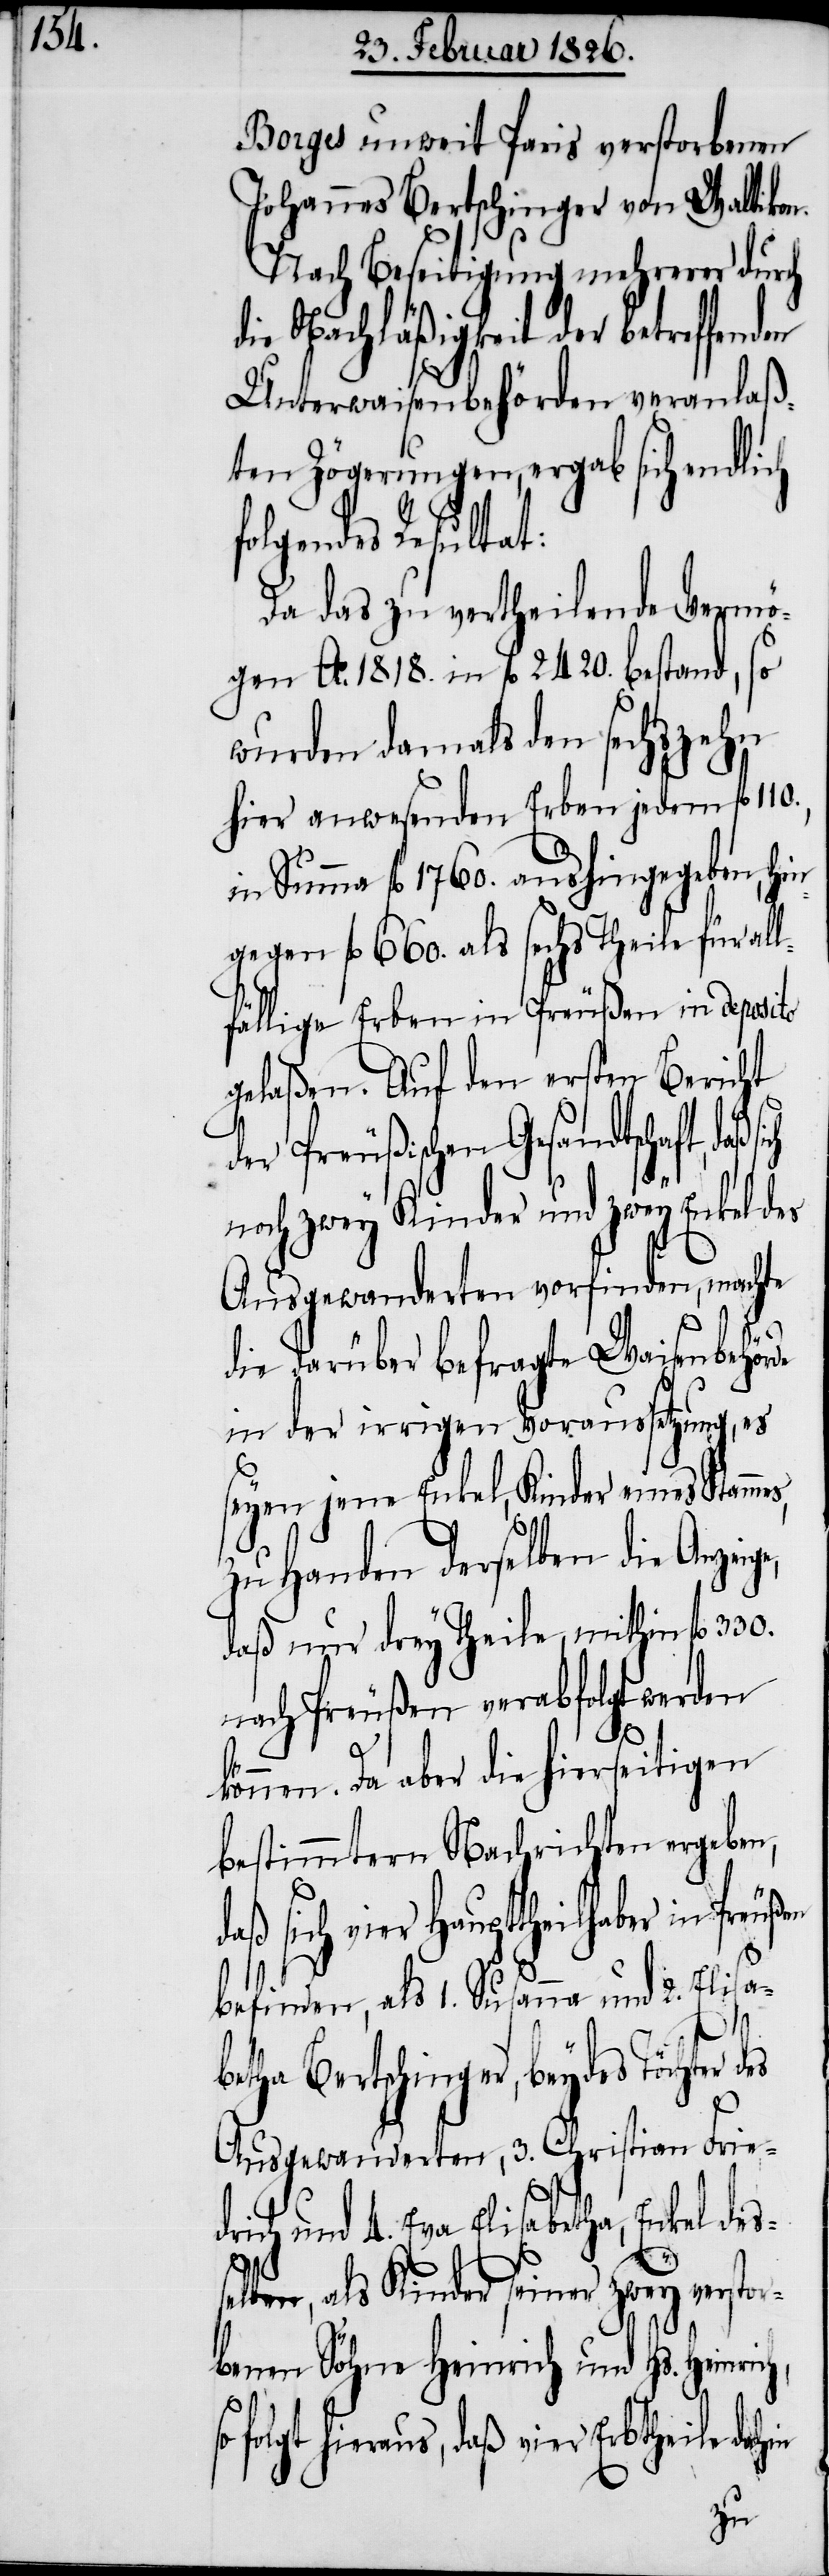
Borges unweit Paris verstorbenen
Johannes Bertschinger von Waltikon.
Nach Beseitigung mehrerer durch
die Nachläßigkeit der betreffend¬
Unterwaisenbehörden veranlaß¬
ten Zögerungen, ergab sich endlich
olgendes Resultat:
Da das zu vertheilende Vermö¬
gen Ao. 1818. in fl. 2420. bestand, so
wurden damals den sechszehn
hier anwesenden Erben jedem fl.
Summe fl. 1760. aushingegeben, hi¬
ngegen fl. 660. als sechs Theile für al¬
lfällige Erben in Preußen in deposito
gelaßen. Auf den ersten Bericht
er Preußischen Gesandtschaft, daß
noch zwey Kinder und zwey Enkel des
Ausgewanderten vorfinden, machte
die darüber befragte Waisenbehör¬
in der irrigen Voraussetzung, es
seyen jene Enkel, Kinder eines Stammes,
zu Handen derselben die Anzeig¬
daß nur drey Theile, mithin fl. 330.
nach Preußen verabfolgt werden
f¬
können. Da aber die hierseitigen
bestimmten Nachrichten ergeben,
daß sich vier Haupttheilhaber in
befinden, als 1. Susanna und 2. Elisa¬
d¬
betha Bertschinger, beydes Töchter
so
Ausgewanderten, 3. Christian Fried¬
rich und 4. Eva Elisabetha, Enkel des¬
elben, als Kinder seiner zwey verst¬
benen Söhne Heinrich und Hs. Heinri¬
olgte hieraus, daß vier Erbtheile dahin